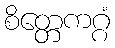
စိတ္တေကဂ္ဂံ